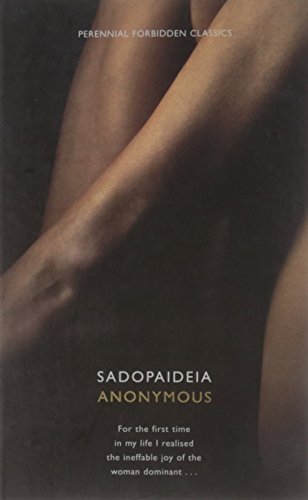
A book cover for Sadopaideia (Harper Perennial Forbidden Classics); Anonymous; Romance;